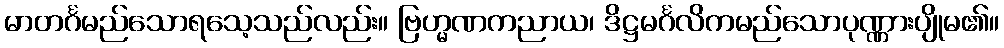
မာတင်္ဂမည်သောရသေ့သည်လည်း။ ဗြဟ္မဏကညာယ၊ ဒိဋ္ဌမင်္ဂလိကမည်သောပုဏ္ဏားပျိုမ၏။